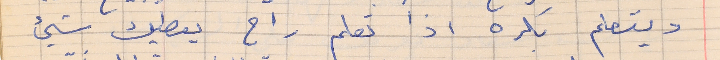
ويتعلم بكره اذا تعلم راح يعطيك شيء